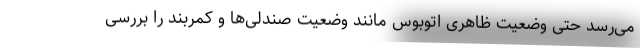
می‌رسد حتی وضعیت ظاهری اتوبوس مانند وضعیت صندلی‌ها و کمربند را بررسی